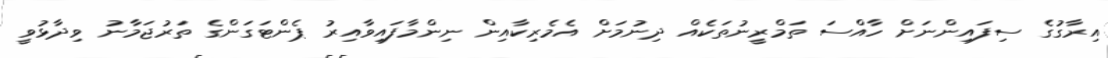
އިރާގުގެ ސިފައިންނަށް ހާއްސަ ތަމްރީނުތަކެއް ދިނުމަށް އެމެރިކާއިން ނިންމާފައިވާއިރު ޕެންޓަގަންގެ ތަރުޖަމާނު ވިދާޅުވީ